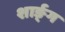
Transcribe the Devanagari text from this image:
शार्ङ्‍ग